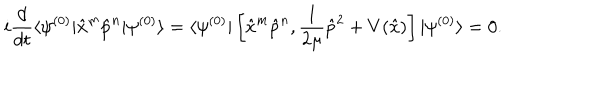
i \frac { d } { d t } \langle \psi ^ { ( 0 ) } | \hat { x } ^ { m } \hat { p } ^ { n } | \psi ^ { ( 0 ) } \rangle = \langle \psi ^ { ( 0 ) } | \left[ \hat { x } ^ { m } \hat { p } ^ { n } , \frac { 1 } { 2 \mu } \hat { p } ^ { 2 } + V ( \hat { x } ) \right] | \psi ^ { ( 0 ) } \rangle = 0 .